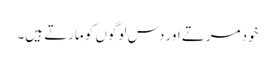
خود مرتے اور دس لوگوں کو مارتے ہیں۔